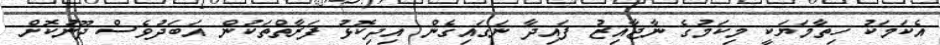
އެކަމަކު ހިތާމަޔަކީ މިކަމުގެ ނާޖާއިޒު ފައިދާ ނަގައިގެން އިދިކޮޅު ފަރާތްތަކުން އަބަދުވެސް ދޫނުކޮށް